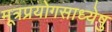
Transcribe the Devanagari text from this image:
मूत्रप्रयोगसाध्येषु